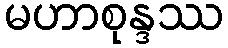
မဟာစုန္ဒဿ